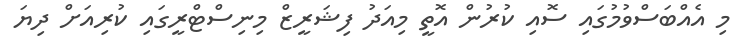
މި އެއްބަސްވުމުގައި ސޮއި ކުރުން އޮތީ މިއަދު ފިޝަރީޒް މިނިސްޓްރީގައި ކުރިއަށް ދިޔަ